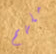
ملهم